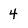
Character: 4